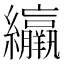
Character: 䌴